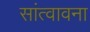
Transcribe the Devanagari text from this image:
सांत्वावना